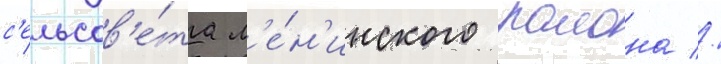
с'ельсов'е́та л'е́н'инского раиона //